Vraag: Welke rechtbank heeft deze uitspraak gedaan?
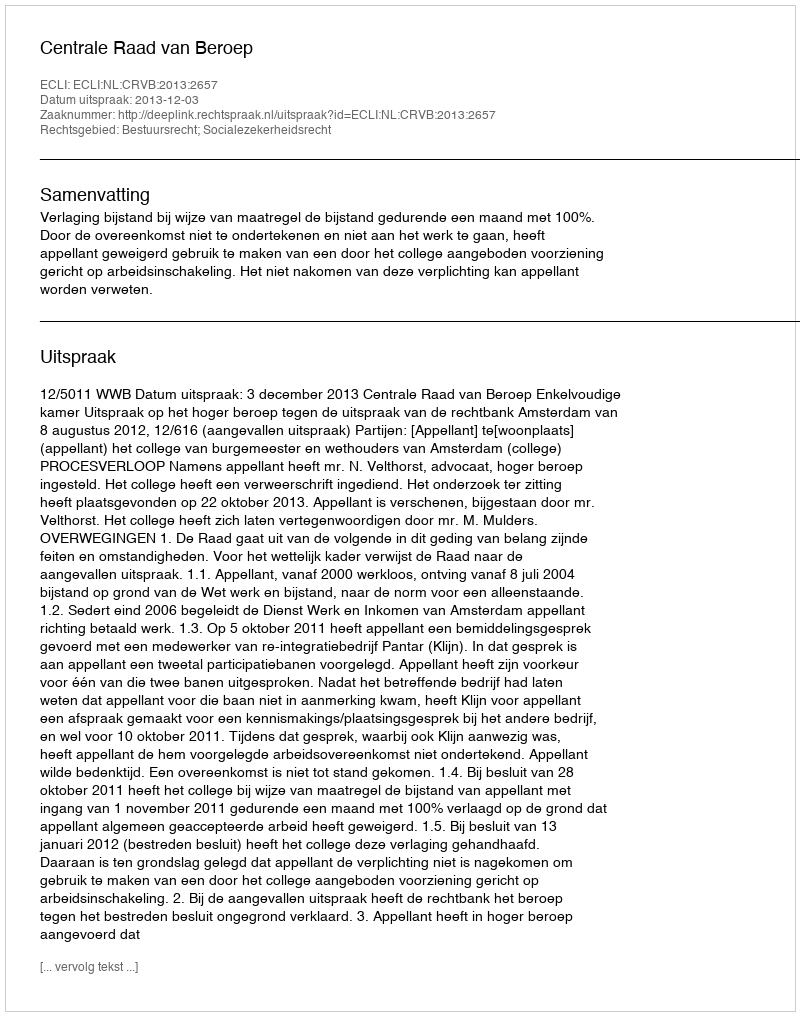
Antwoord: Centrale Raad van Beroep